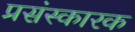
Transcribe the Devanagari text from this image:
प्रसंस्कारक